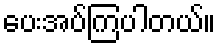
ပေးအပ်ကြပါတယ်။